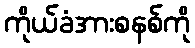
ကိုယ်ခံအားစနစ်ကို